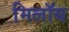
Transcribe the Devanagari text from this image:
मिलॉय